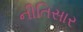
નીતિસાર